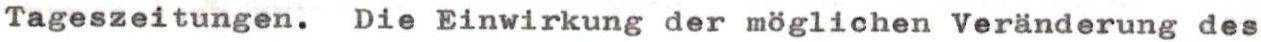
Tageszeitungen. Die Einwirkung der möglichen Veränderung des